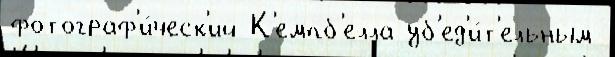
фотограф'и́ческ'ий К'емпб'елла уб'ед'и́т'ельным